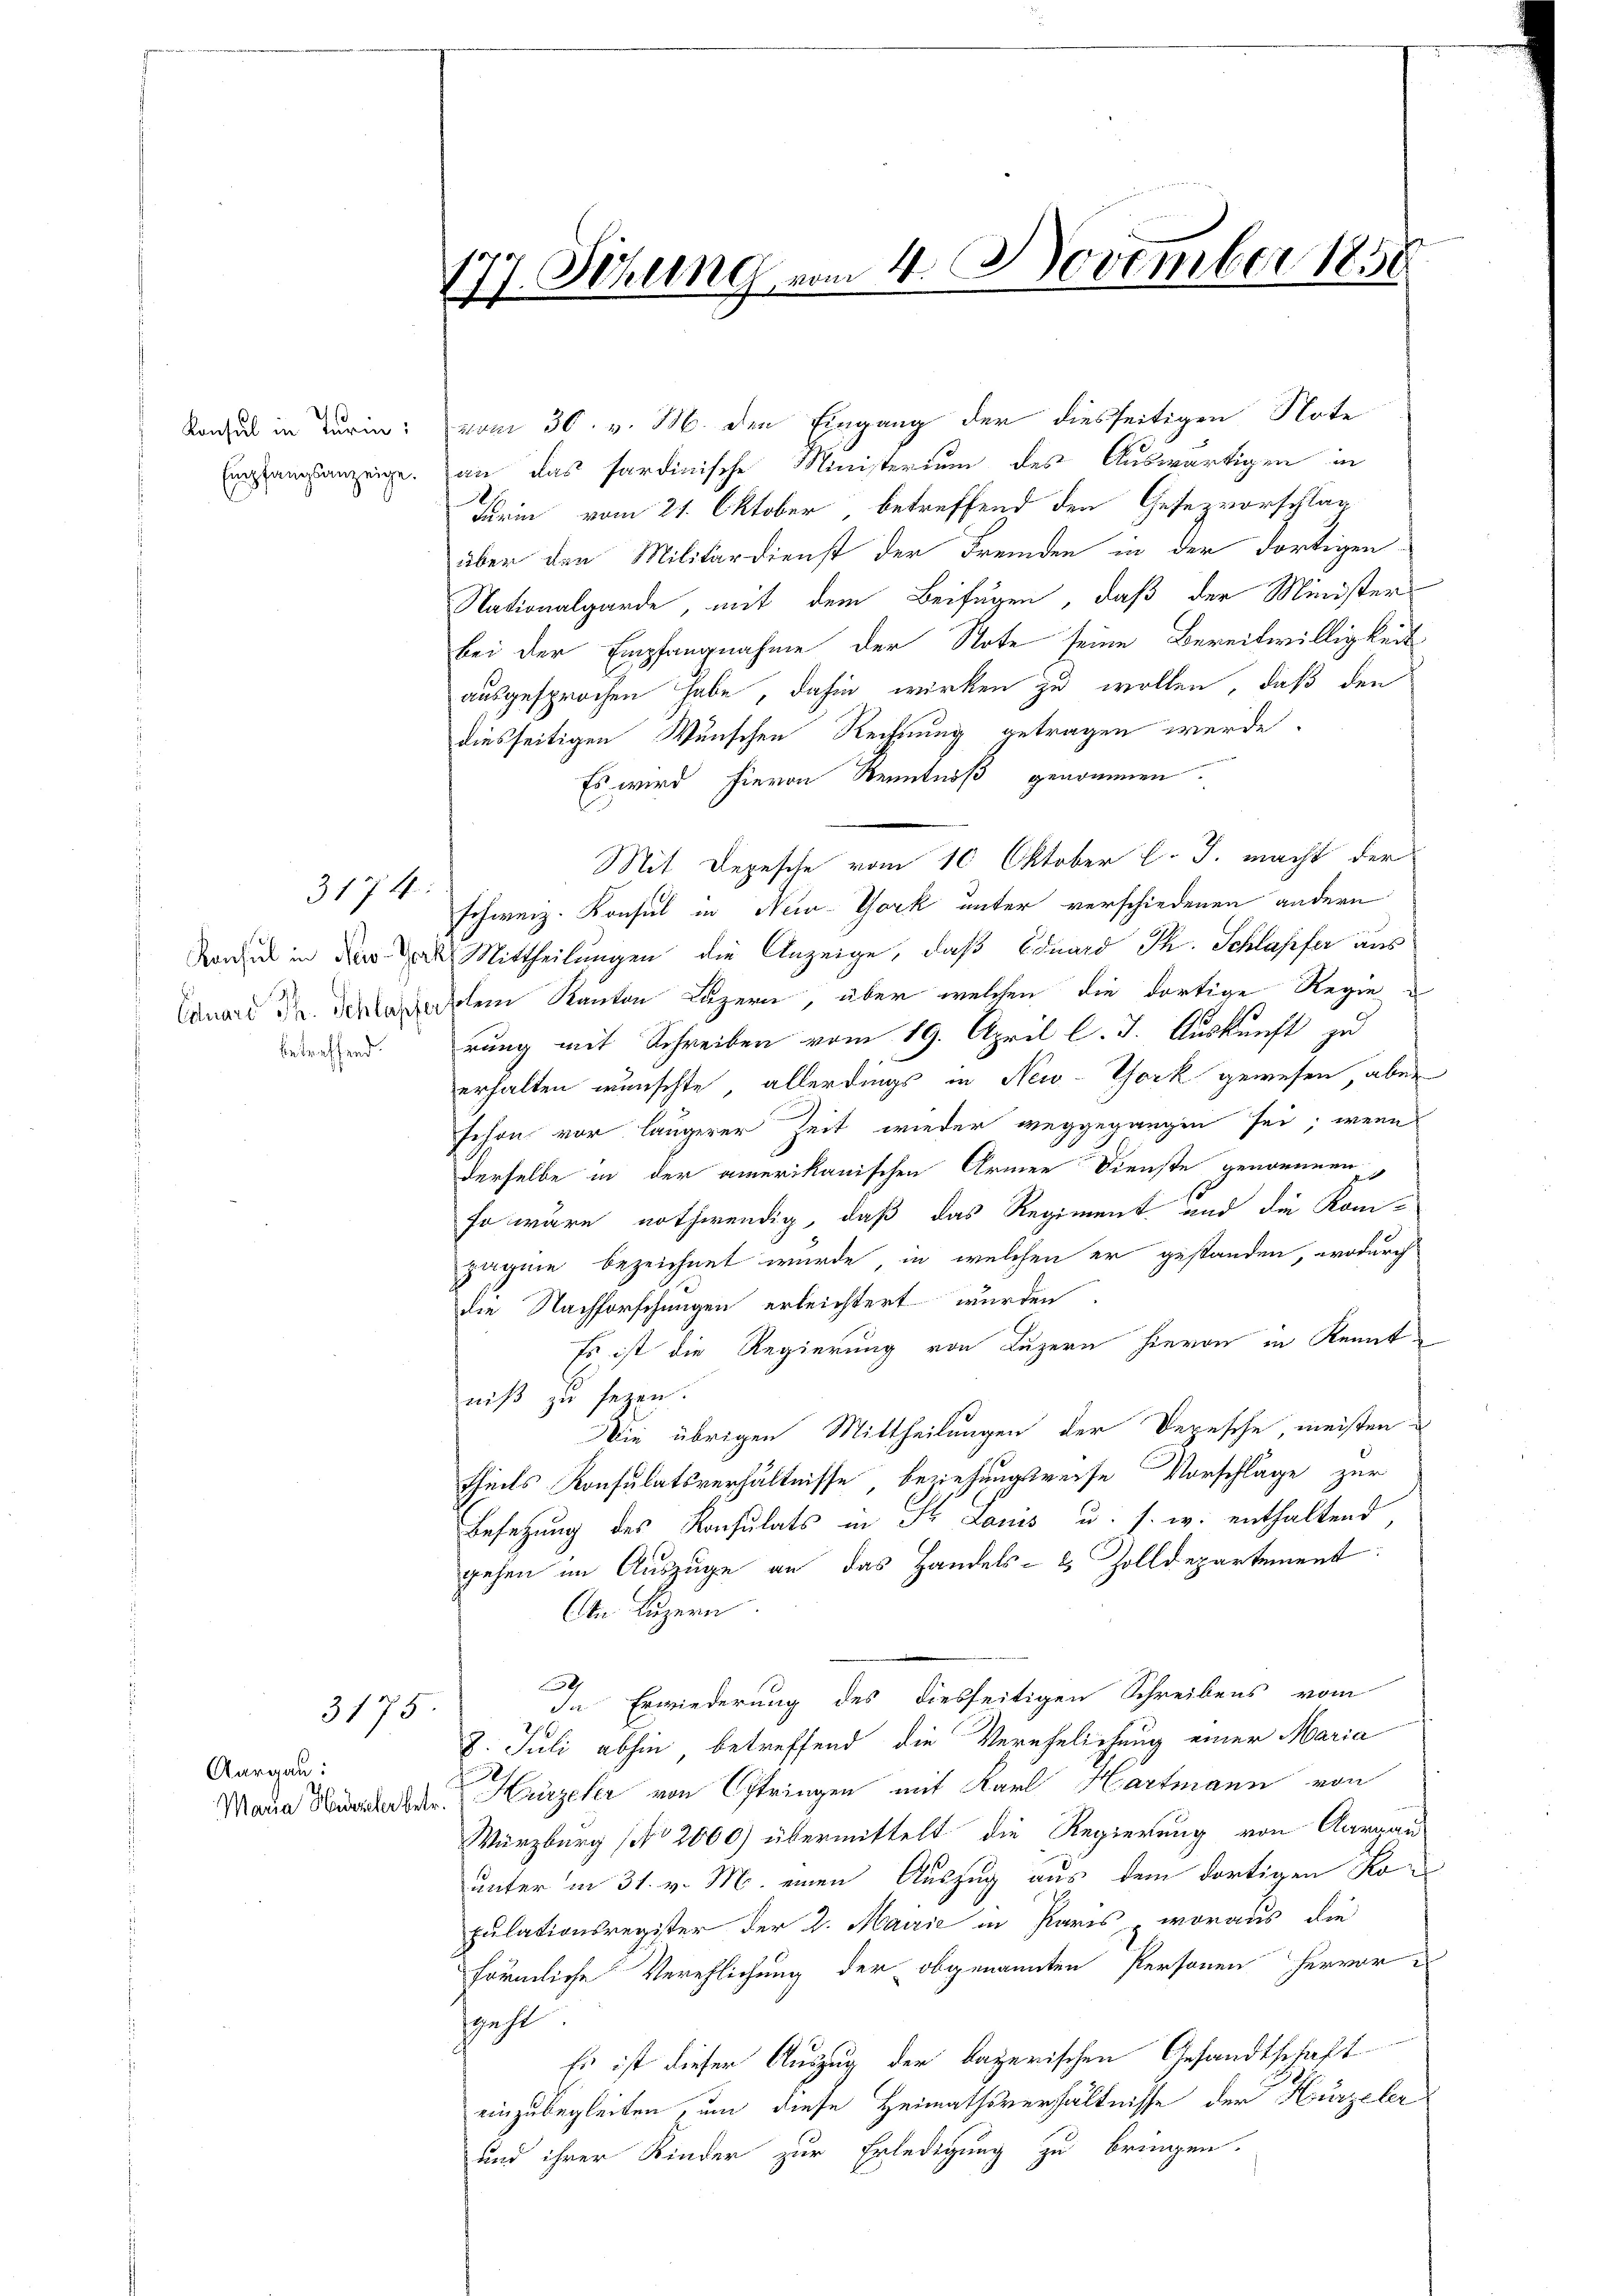
Konsul in Turin:
Empfangsanzeige.

Aargau:

3174:

Konsul in New-York
Eduard Th. Schlapfer
betreffend.

3175

Maria Hirzeler betr.

177. Sekung vom 4. November 1858

vom 30. v. M. den Eingang der diesseitigen Note
an das sardinische Ministerium des Auswärtigen in
Firin vom 21. Oktober betreffend den Gesezvorschlag
über den Militärdienst der Fremden in der dortigen-
Nationalgarde, mit dem Beifügen, daß der Minister
bei der Empfangnahme der Note seine Bereitwilligkeit
ausgesprochen habe, dahin wirken zu wollen, daß den
diesseitigen Wunschen Rechnung getragen werde.
Es wird hievon Kenntniß genommen.
schweiz. Konsul in New-York unter verschiedenen andern
 Mittheilungen die Anzeige, daß Eduard Th. Schlapfer aus
dem Kanton Luzern, über welchen die dortige Regie
rung mit Schreiben vom 19. April l. J. Auskunft zu
erhalten wünschte, allerdings in New-York gewesen, aber
schon vor längerer Zeit wieder weggegangen sei; wenn
derselbe in der amerikanischen Armen Dienste genommen,
so wäre nothwendig, daß das Regiment und die Kom-
pagnie bezeichnet wurde, in welchen er gestanden, wodurch
die Nachforschungen erleichtert wurden
Es ist die Regierung von Luzern hievon in Kennt
niß zu sezen.
Die übrigen Mittheilungen der Versche meisten
theils Konsulatsverhältnisse beziehungsweise Vorschlage zur
Besetzung des Konsulats in S. Louis u. s. w. enthaltend
gehen im Auszüge an das Handels- & Zolldepartement:
n Luzern
9
In Erwiederung des diesseitigen Schreibens vom
8. Juli abhin betreffend die Verehelichung einer Maria

Hirzeler von Estringen mit Karl Hartmann von
Würzburg (No 2000) übermittelt die Regierung von Aargau
unter in 31. v. M. einen Auszug aus dem dortigen Kopulationsregister der 2. Mairie in Paris woraus die
förmliche Verehlichung der obgenannten Personen hervor-
szahl
Es ist dieser Auszug der kaperischen Gesandtschaft
einzubegleiten, um diese Heimathsverhältnisse der Kürzeler
und ihrer Kinder zur Erledigung zu bringen.

Mit Depesche vom 10 Oktober l. J. macht der